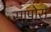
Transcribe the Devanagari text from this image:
सापोरा